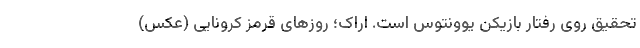
تحقیق روی رفتار بازیکن یوونتوس است. اراک؛ روز‌های قرمز کرونایی (عکس)